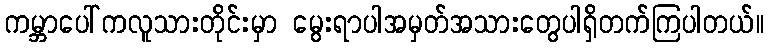
ကမ္ဘာပေါ်ကလူသားတိုင်းမှာ မွေးရာပါအမှတ်အသားတွေပါရှိတက်ကြပါတယ်။